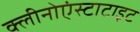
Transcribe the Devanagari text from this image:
क्लीनोएंस्टाटाइट